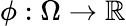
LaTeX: \phi:\Omega\rightarrow\mathbb{R}